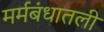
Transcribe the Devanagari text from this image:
मर्मबंधातली